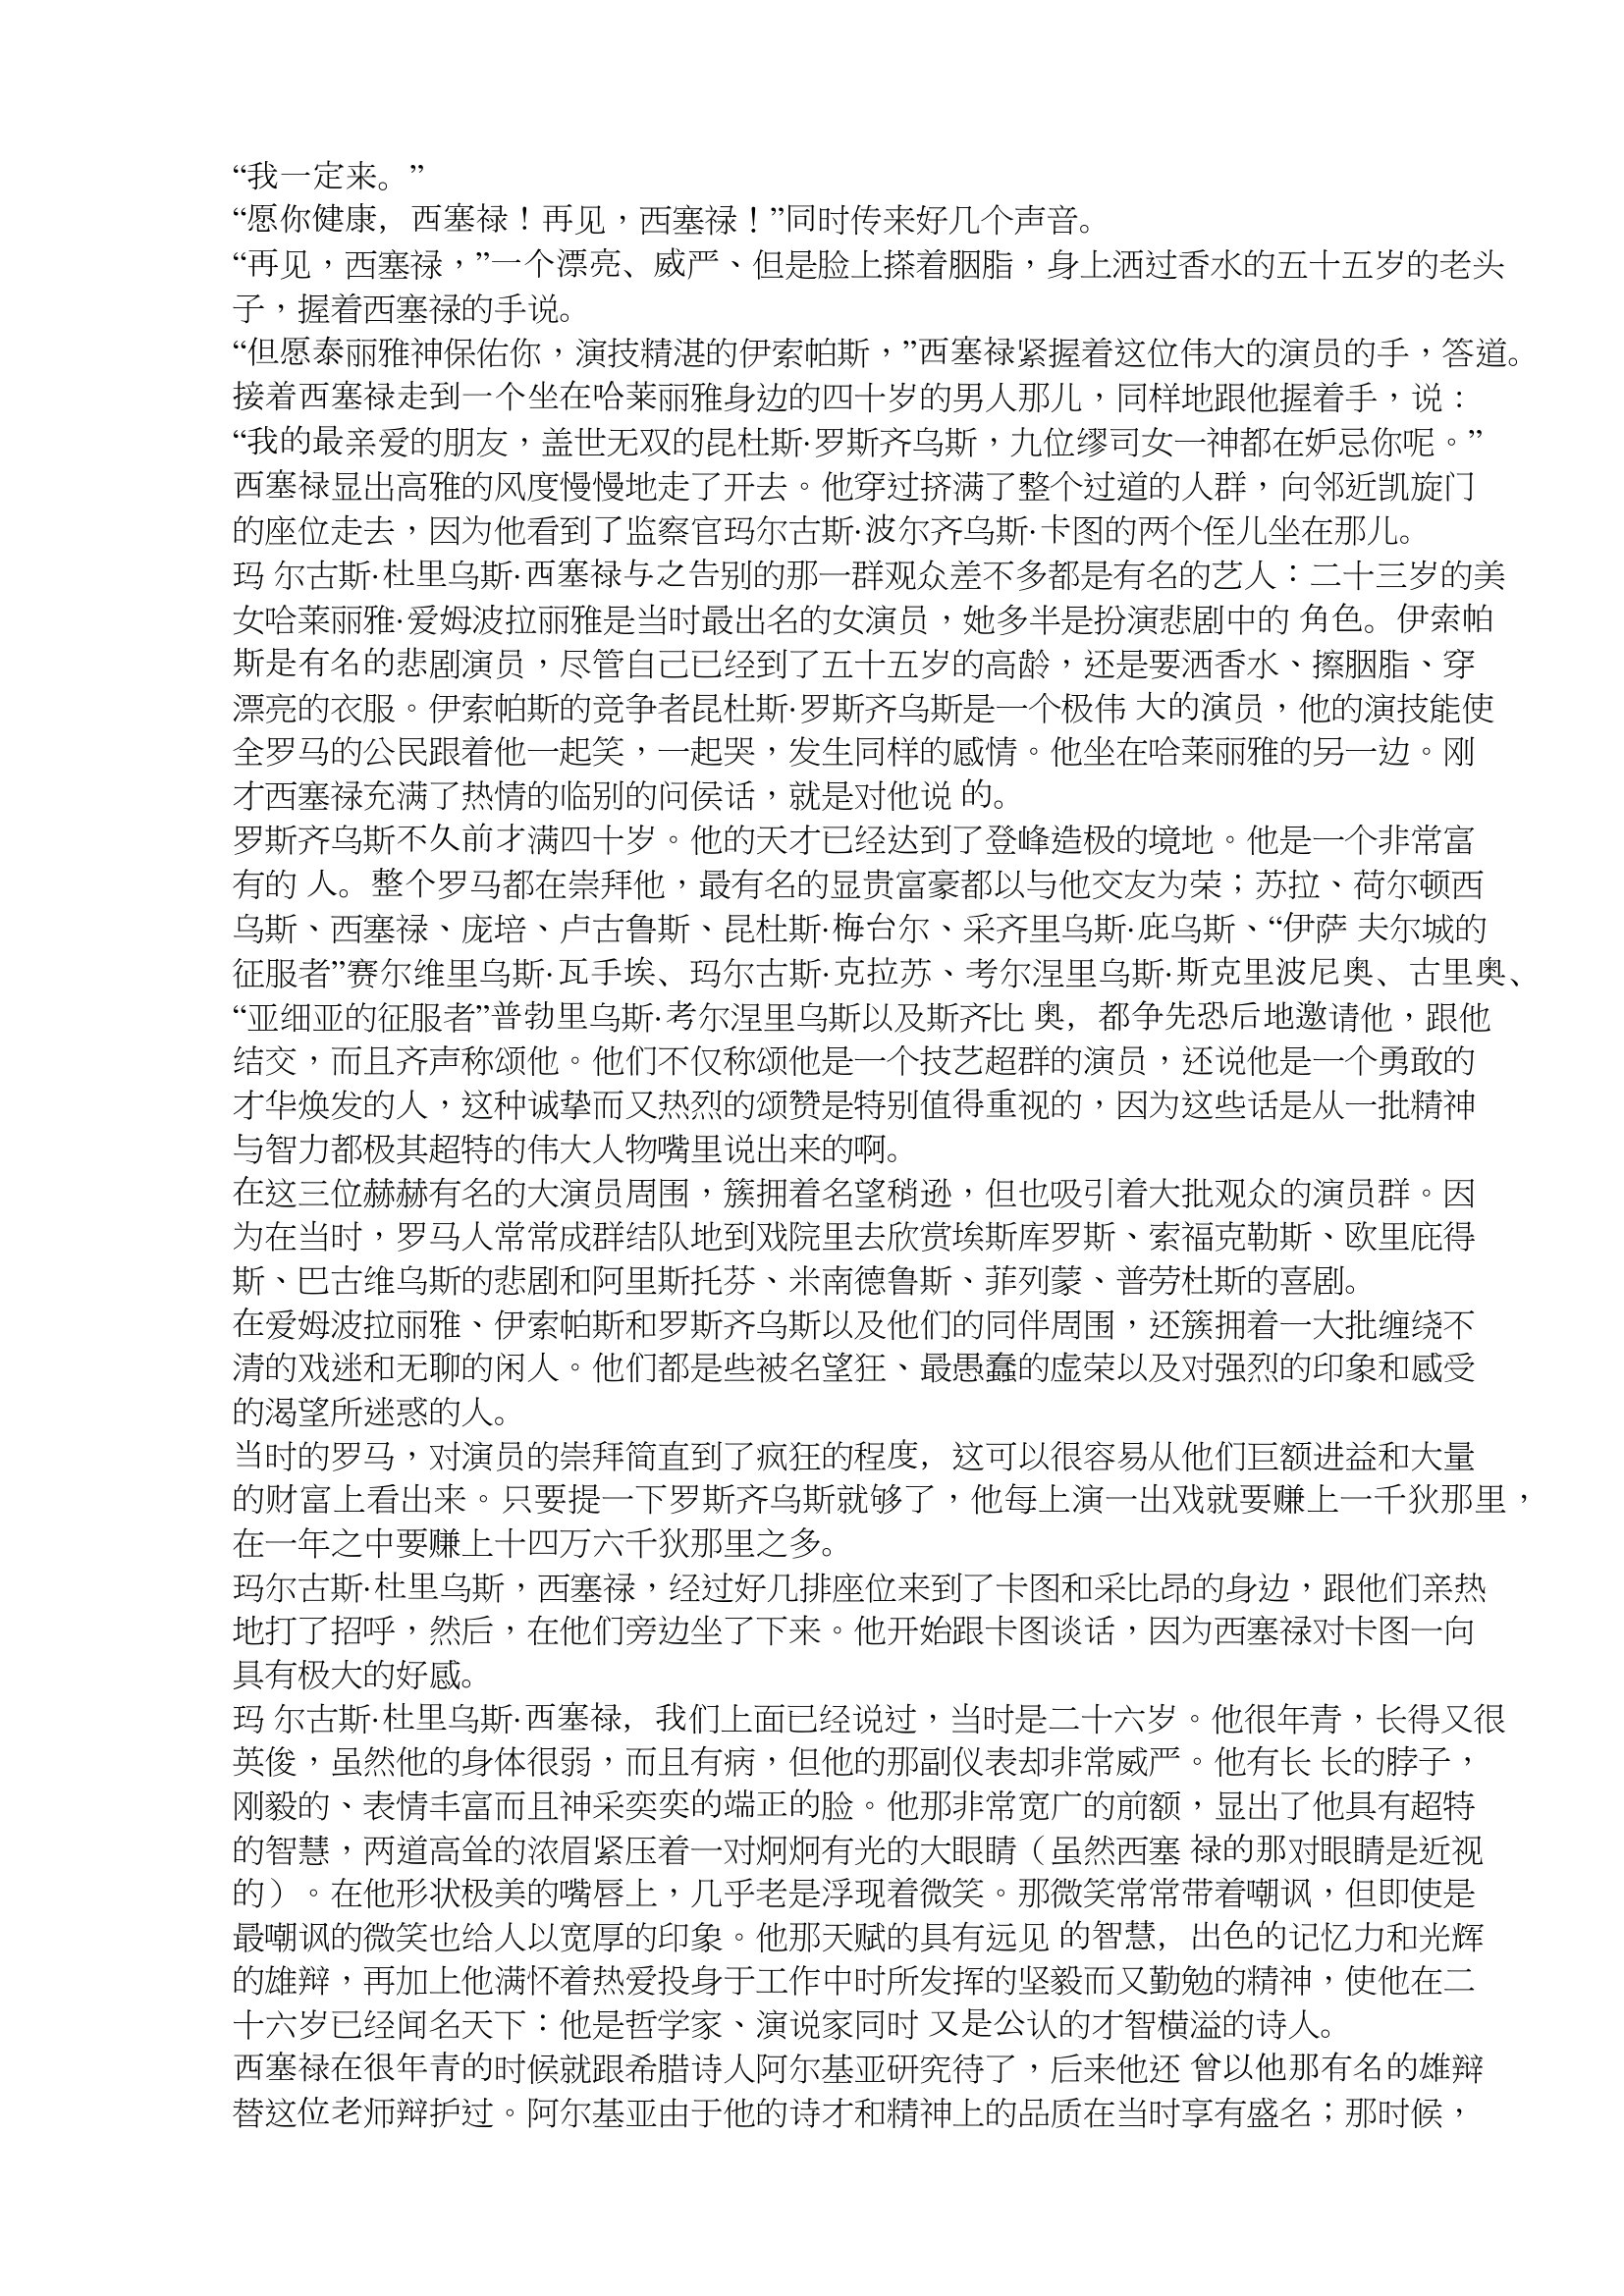
Language: zh